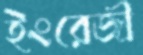
ইংরেজী